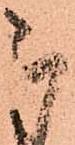
被